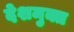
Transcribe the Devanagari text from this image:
देशमुक्त